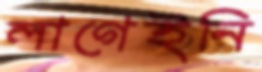
লাগেইনি